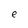
Character: e